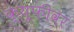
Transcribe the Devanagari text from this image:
क्यूफीवर